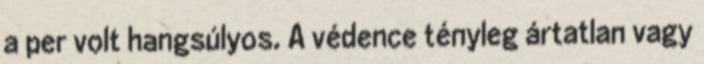
a per volt hangsúlyos. A védence tényleg ártatlan vagy